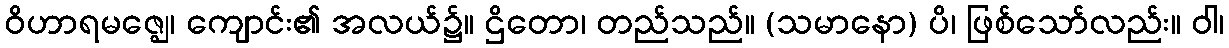
ဝိဟာရမဇ္ဈေ၊ ကျောင်း၏ အလယ်၌။ ဌိတော၊ တည်သည်။ (သမာနော) ပိ၊ ဖြစ်သော်လည်း။ ဝါ၊